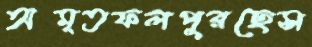
অমৃতফলপুরছেস